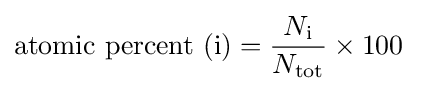
\mathrm {atomic\ percent} \ (\mathrm {i} )={\frac {N_{\mathrm {i} }}{N_{\mathrm {tot} }}}\times 100\